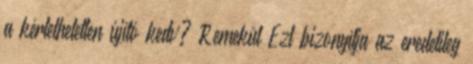
a kérlelhetetlen újító kedv? Remekül Ezt bizonyítja az eredetileg